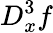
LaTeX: D_{x}^{3}f